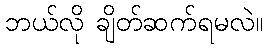
ဘယ်လို ချိတ်ဆက်ရမလဲ။